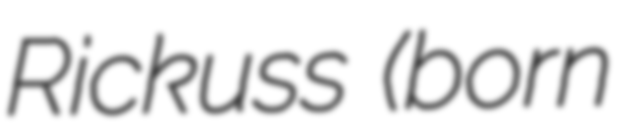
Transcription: Rickuss (born